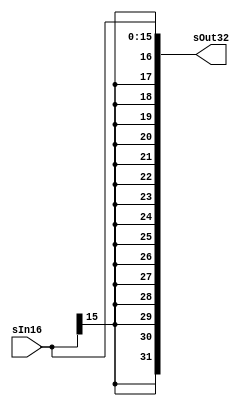
`timescale 1 ps / 100 fs
// Sign-Extension
module sign_extend(sOut32,sIn16);
output [31:0] sOut32;
input [15:0] sIn16;
assign sOut32 = {{16{sIn16[15]}},sIn16};
endmodule

// Shift left 2 module 
module shift_left_2(Out32, In32);
output [31:0] Out32;
input [31:0] In32;

assign Out32 = {In32[29:0],2'b00};
endmodule

`timescale 1 ps / 100 fs
module zero_extend(zOut32,zIn16);
output [31:0] zOut32;
input [15:0] zIn16;
assign zOut32 = {{16{1'b0}},zIn16};
endmodule